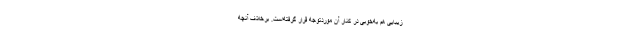
زیبایی هم به‌خوبی در کنار آن موردتوجه قرار گرفته‌است. برخلاف آنچه